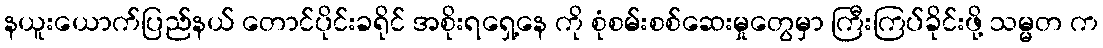
နယူးယောက်ပြည်နယ် တောင်ပိုင်းခရိုင် အစိုးရရှေ့နေ ကို စုံစမ်းစစ်ဆေးမှုတွေမှာ ကြီးကြပ်ခိုင်းဖို့ သမ္မတ က